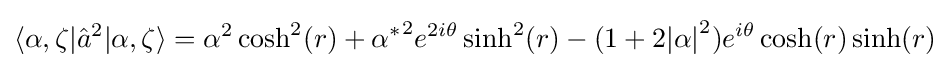
\langle \alpha ,\zeta |{\hat {a}}^{2}|\alpha ,\zeta \rangle =\alpha ^{2}\cosh ^{2}(r)+{\alpha ^{*}}^{2}e^{2i\theta }\sinh ^{2}(r)-(1+2{|\alpha |}^{2})e^{i\theta }\cosh(r)\sinh(r)